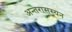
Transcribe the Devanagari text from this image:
अन्तरासस्यन